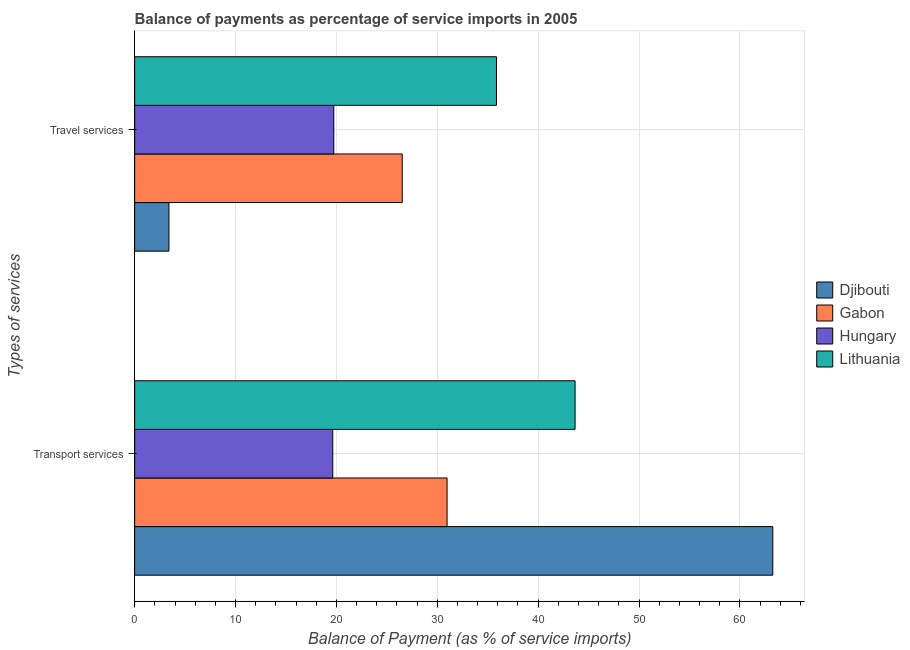
| Types of services | Djibouti | Gabon | Hungary | Lithuania |
 | --- | --- | --- | --- | --- |
 | Transport services | 63.3 | 31 | 19.6 | 43.7 |
 | Travel services | 3.4 | 26.5 | 19.7 | 35.9 |